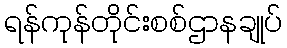
ရန်ကုန်တိုင်းစစ်ဌာနချုပ်